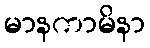
မာနကာမိနာ